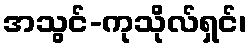
အသွင်-ကုသိုလ်ရှင်၊